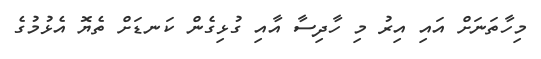
މިހާތަނަށް އައި އިރު މި ހާދިސާ އާއި ގުޅިގެން ކަނޑަށް ތެޔޮ އެޅުމުގެ